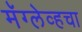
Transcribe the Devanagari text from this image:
मॅग्लेव्हचा